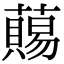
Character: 𧀩